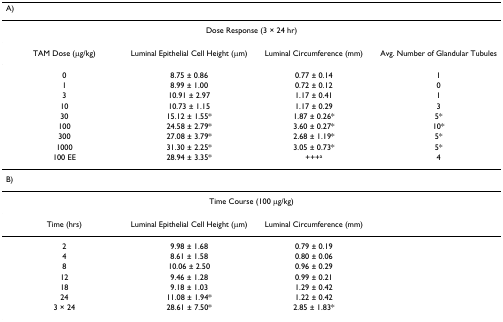
<table><thead><tr><td colspan="4"><b>A)</b></td></tr></thead><tbody><tr><td colspan="4">Dose Response (3 × 24 hr)</td></tr><tr><td>TAM Dose (μg/kg)</td><td>Luminal Epithelial Cell Height (μm)</td><td>Luminal Circumference (mm)</td><td>Avg. Number of Glandular Tubules</td></tr><tr><td>0</td><td>8.75 ± 0.86</td><td>0.77 ± 0.14</td><td>1</td></tr><tr><td>1</td><td>8.99 ± 1.00</td><td>0.72 ± 0.12</td><td>0</td></tr><tr><td>3</td><td>10.91 ± 2.97</td><td>1.17 ± 0.41</td><td>1</td></tr><tr><td>10</td><td>10.73 ± 1.15</td><td>1.17 ± 0.29</td><td>3</td></tr><tr><td>30</td><td>15.12 ± 1.55*</td><td>1.87 ± 0.26*</td><td>5*</td></tr><tr><td>100</td><td>24.58 ± 2.79*</td><td>3.60 ± 0.27*</td><td>10*</td></tr><tr><td>300</td><td>27.08 ± 3.79*</td><td>2.68 ± 1.19*</td><td>5*</td></tr><tr><td>1000</td><td>31.30 ± 2.25*</td><td>3.05 ± 0.73*</td><td>5*</td></tr><tr><td>100 EE</td><td>28.94 ± 3.35*</td><td>+++<sup>a</sup></td><td>4</td></tr><tr><td colspan="4">B)</td></tr><tr><td colspan="4">Time Course (100 μg/kg)</td></tr><tr><td>Time (hrs)</td><td>Luminal Epithelial Cell Height (μm)</td><td>Luminal Circumference (mm)</td><td></td></tr><tr><td>2</td><td>9.98 ± 1.68</td><td>0.79 ± 0.19</td><td></td></tr><tr><td>4</td><td>8.61 ± 1.58</td><td>0.80 ± 0.06</td><td></td></tr><tr><td>8</td><td>10.06 ± 2.50</td><td>0.96 ± 0.29</td><td></td></tr><tr><td>12</td><td>9.46 ± 1.28</td><td>0.99 ± 0.21</td><td></td></tr><tr><td>18</td><td>9.18 ± 1.03</td><td>1.29 ± 0.42</td><td></td></tr><tr><td>24</td><td>11.08 ± 1.94*</td><td>1.22 ± 0.42</td><td></td></tr><tr><td>3 × 24</td><td>28.61 ± 7.50*</td><td>2.85 ± 1.83*</td><td></td></tr></tbody></table>